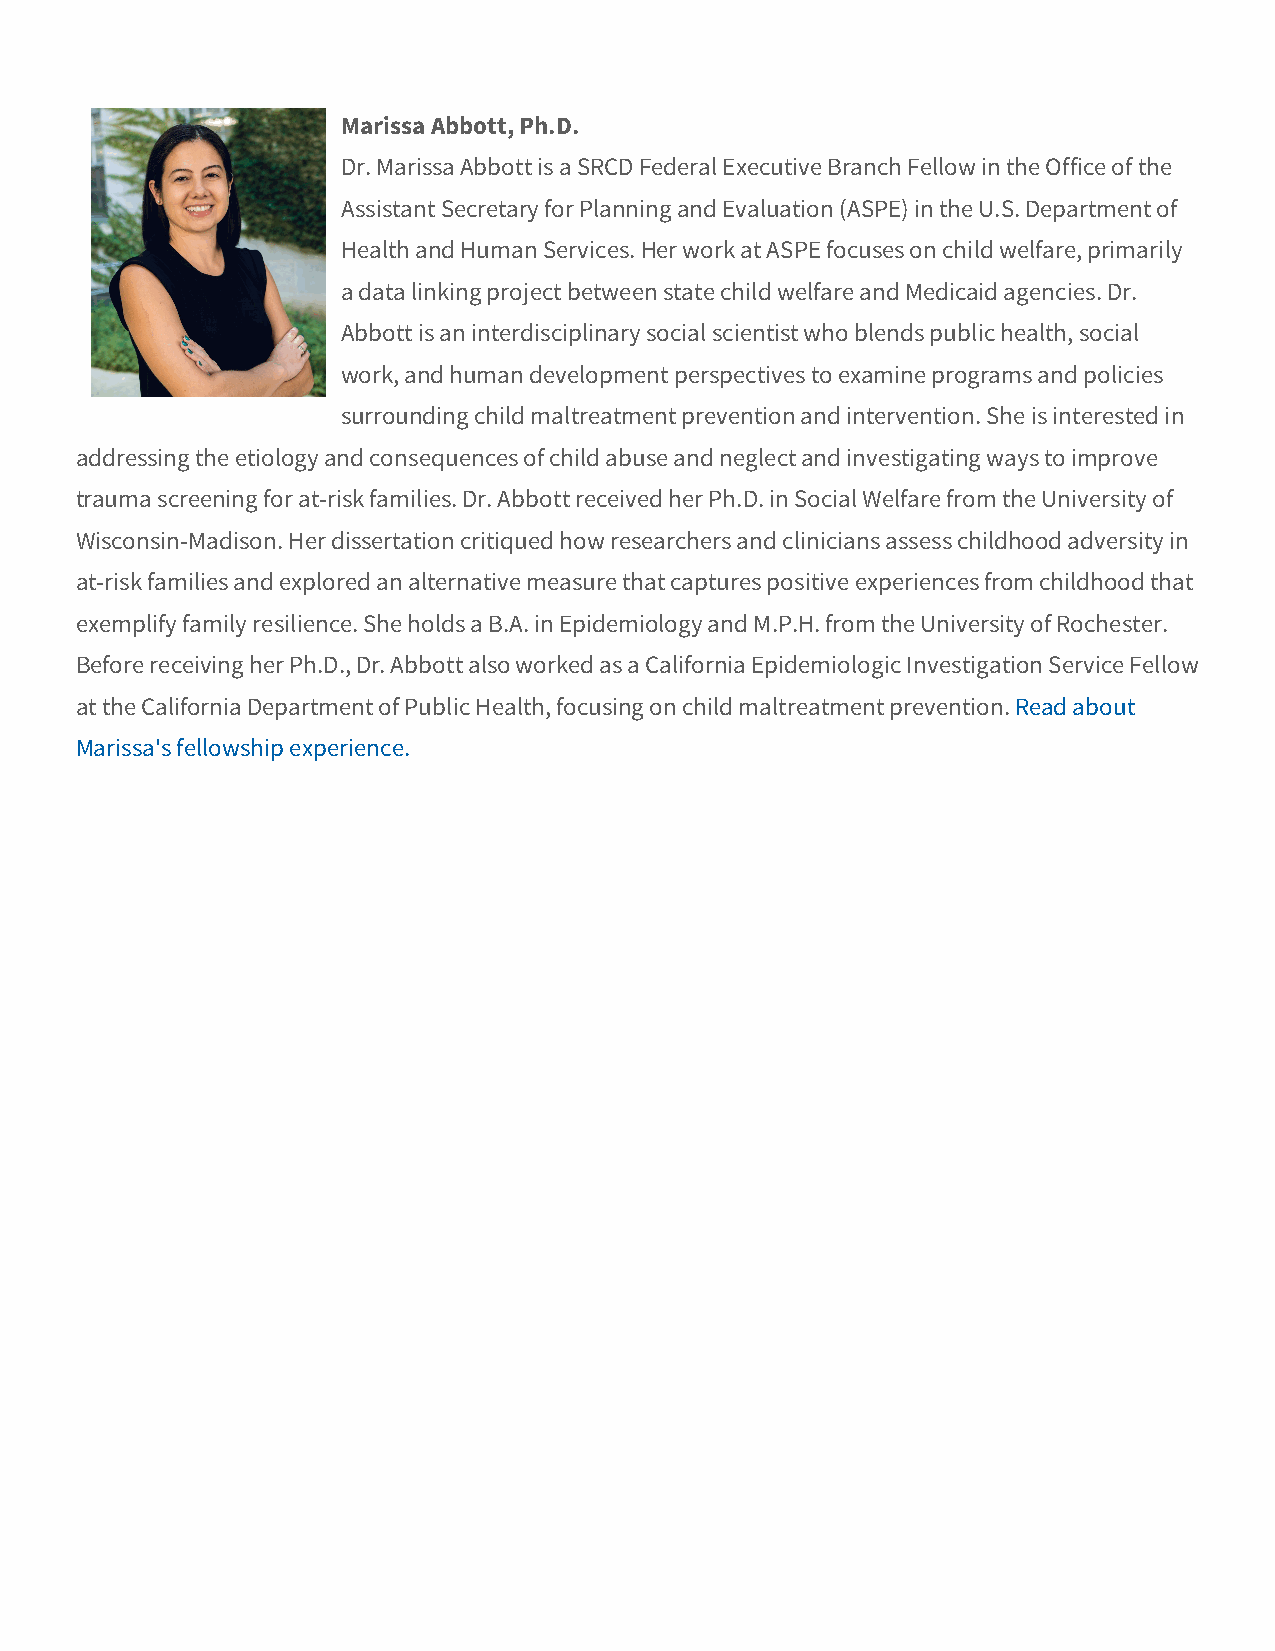
Marissa Abbott, Ph.D.
 Dr. Marissa Abbott is a SRCD Federal Executive Branch Fellow in the Office of the
 Assistant Secretary for Planning and Evaluation (ASPE) in the U.S. Department of
 Health and Human Services. Her work at ASPE focuses on child welfare, primarily
 a data linking project between state child welfare and Medicaid agencies. Dr.
 Abbott is an interdisciplinary social scientist who blends public health, social
 work, and human development perspectives to examine programs and policies
 surrounding child maltreatment prevention and intervention. She is interested in
 addressing the etiology and consequences of child abuse and neglect and investigating ways to improve
 trauma screening for at-risk families. Dr. Abbott received her Ph.D. in Social Welfare from the University of
 Wisconsin-Madison. Her dissertation critiqued how researchers and clinicians assess childhood adversity in
 at-risk families and explored an alternative measure that captures positive experiences from childhood that
 exemplify family resilience. She holds a B.A. in Epidemiology and M.P.H. from the University of Rochester.
 Before receiving her Ph.D., Dr. Abbott also worked as a California Epidemiologic Investigation Service Fellow
 at the California Department of Public Health, focusing on child maltreatment prevention. Read about
 Marissa's fellowship experience.